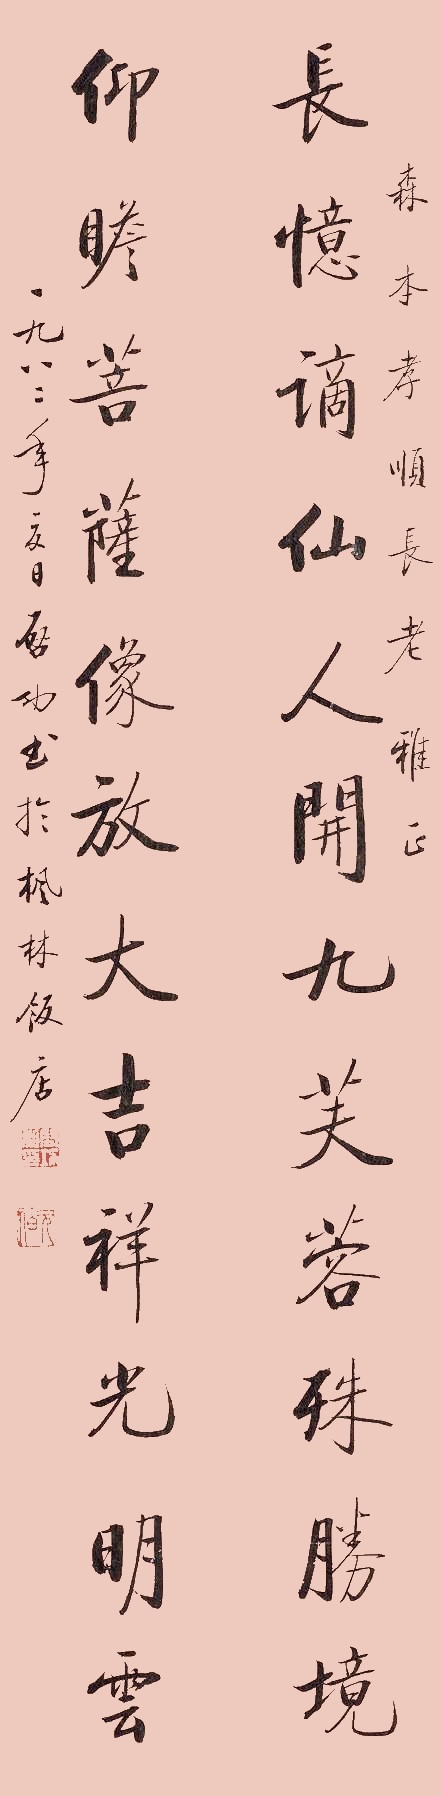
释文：长忆谪仙人，开九芙蓉殊胜境；仰瞻菩萨像，放大吉祥光明云。森本孝顺长老雅正，一九八二年夏日，启功书于枫林饭馆。